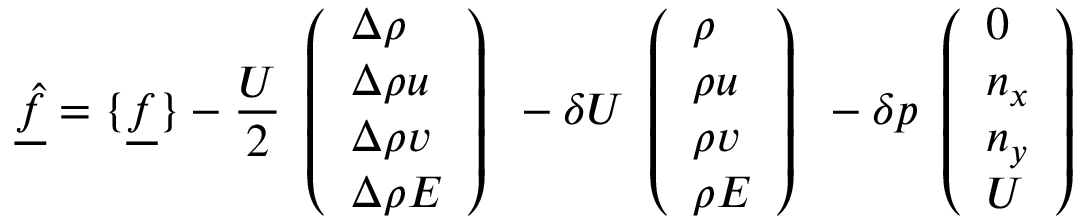
\underline { { \hat { f } } } = \{ \underline { { f } } \} - \frac { U } { 2 } \begin{array} { l } { \left( \begin{array} { l } { \Delta \rho } \\ { \Delta \rho u } \\ { \Delta \rho v } \\ { \Delta \rho E } \end{array} \right) } \end{array} - \delta U \begin{array} { l } { \left( \begin{array} { l } { \rho } \\ { \rho u } \\ { \rho v } \\ { \rho E } \end{array} \right) } \end{array} - \delta p \begin{array} { l } { \left( \begin{array} { l } { 0 } \\ { n _ { x } } \\ { n _ { y } } \\ { U } \end{array} \right) } \end{array}